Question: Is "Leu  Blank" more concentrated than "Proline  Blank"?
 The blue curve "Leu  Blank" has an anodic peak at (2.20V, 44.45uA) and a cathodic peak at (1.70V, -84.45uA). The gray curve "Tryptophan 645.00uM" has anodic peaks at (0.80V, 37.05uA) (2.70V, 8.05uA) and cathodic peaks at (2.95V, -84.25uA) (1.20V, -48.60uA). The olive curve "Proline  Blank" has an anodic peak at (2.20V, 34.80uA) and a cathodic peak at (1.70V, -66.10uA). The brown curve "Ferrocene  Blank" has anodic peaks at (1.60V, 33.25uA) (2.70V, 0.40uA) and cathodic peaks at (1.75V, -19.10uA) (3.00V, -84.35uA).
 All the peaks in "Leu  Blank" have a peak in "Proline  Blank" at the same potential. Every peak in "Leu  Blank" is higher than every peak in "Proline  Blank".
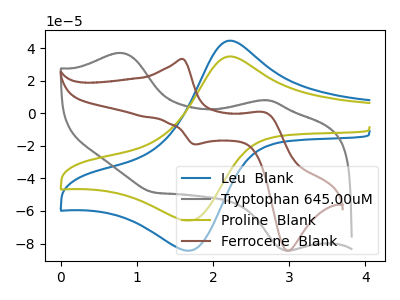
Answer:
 <answer>"Leu  Blank" has more signal than "Proline  Blank" and so likely has a higher concentration.</answer>
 <eval>more_concentration</eval>